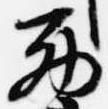
西